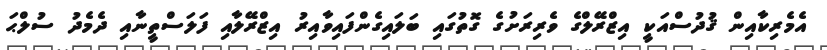
އެމެރިކާއިން ޤުދުސްއަކީ އިޒްރޭލްގެ ވެރިރަށުގެ ގޮތުގައި ބަލައިގެންފައިވާއިރު އިޒްރޭލާއި ފަލަސްތީނާއި ދެމެދު ސުލްޙަ